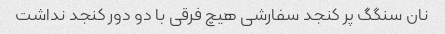
نان سنگگ پر کنجد سفارشی هیچ فرقی با دو دور کنجد نداشت